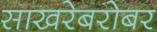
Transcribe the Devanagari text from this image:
साखरेबरोबर